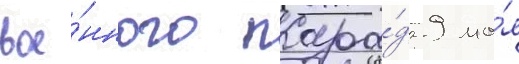
вое́нного пара́да 9 ма́я